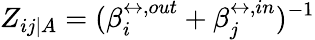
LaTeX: Z_{ij|A}=(\beta_{i}^{\leftrightarrow,out}+\beta_{j}^{\leftrightarrow,in})^{-1}